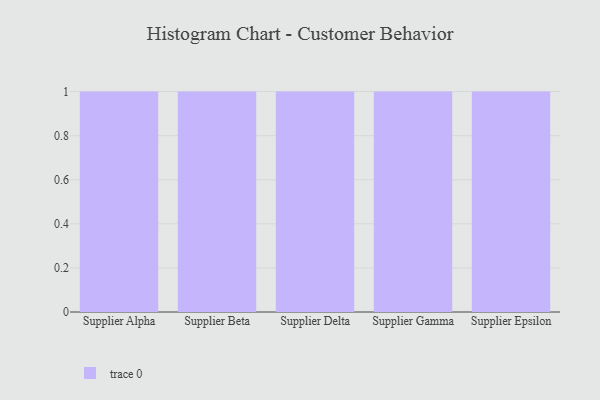
{"axis": {"x": "Supplier", "y": "Active Users"}, "legend": [""], "data": [{"x": "Supplier Alpha", "y": 54, "type": ""}, {"x": "Supplier Beta", "y": 45, "type": ""}, {"x": "Supplier Delta", "y": 83, "type": ""}, {"x": "Supplier Gamma", "y": 83, "type": ""}, {"x": "Supplier Epsilon", "y": 66, "type": ""}]}